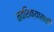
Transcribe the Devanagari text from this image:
नवशिक्यासाठी